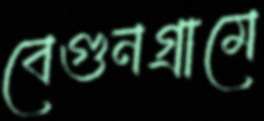
বেগুনগ্রামে